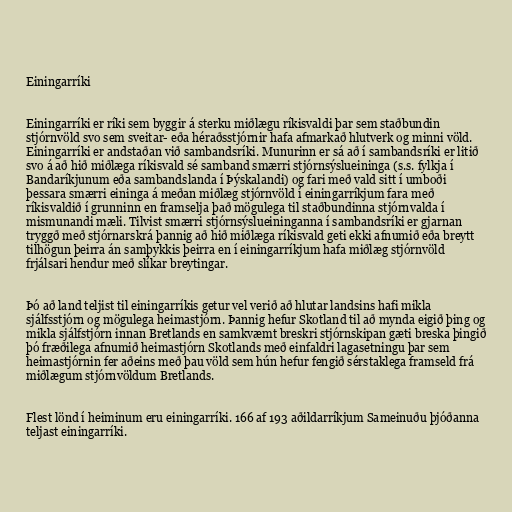
Einingarríki

Einingarríki er ríki sem byggir á sterku miðlægu ríkisvaldi þar sem staðbundin
stjórnvöld svo sem sveitar- eða héraðsstjórnir hafa afmarkað hlutverk og minni völd.
Einingarríki er andstaðan við sambandsríki. Munurinn er sá að í sambandsríki er litið
svo á að hið miðlæga ríkisvald sé samband smærri stjórnsýslueininga (s.s. fylkja í
Bandaríkjunum eða sambandslanda í Þýskalandi) og fari með vald sitt í umboði
þessara smærri eininga á meðan miðlæg stjórnvöld í einingarríkjum fara með
ríkisvaldið í grunninn en framselja það mögulega til staðbundinna stjórnvalda í
mismunandi mæli. Tilvist smærri stjórnsýslueininganna í sambandsríki er gjarnan
tryggð með stjórnarskrá þannig að hið miðlæga ríkisvald geti ekki afnumið eða breytt
tilhögun þeirra án samþykkis þeirra en í einingarríkjum hafa miðlæg stjórnvöld
frjálsari hendur með slíkar breytingar.

Þó að land teljist til einingarríkis getur vel verið að hlutar landsins hafi mikla
sjálfsstjórn og mögulega heimastjórn. Þannig hefur Skotland til að mynda eigið þing og
mikla sjálfstjórn innan Bretlands en samkvæmt breskri stjórnskipan gæti breska þingið
þó fræðilega afnumið heimastjórn Skotlands með einfaldri lagasetningu þar sem
heimastjórnin fer aðeins með þau völd sem hún hefur fengið sérstaklega framseld frá
miðlægum stjórnvöldum Bretlands.

Flest lönd í heiminum eru einingarríki. 166 af 193 aðildarríkjum Sameinuðu þjóðanna
teljast einingarríki.